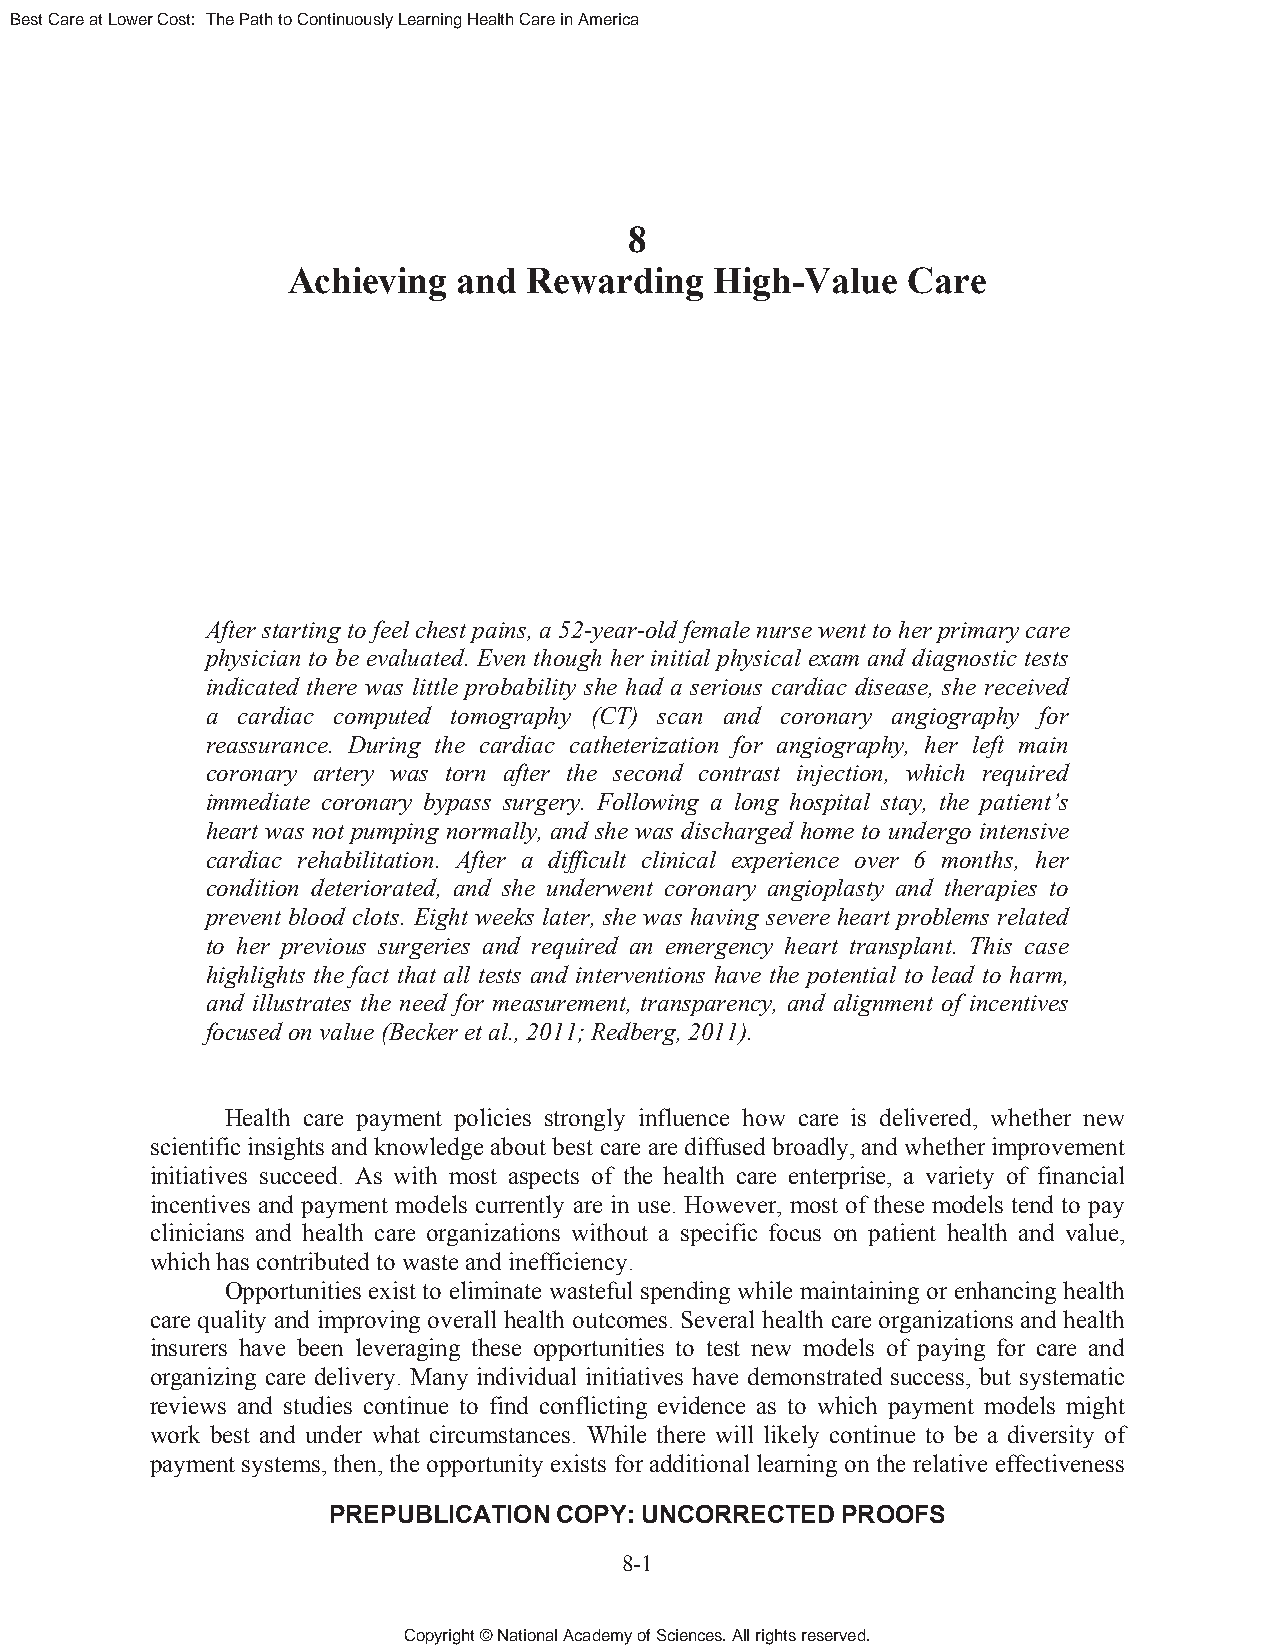
Best Care at Lower Cost: The Path to Continuously Learning Health Care in America
 8
 Achieving  and  Rewarding   High-Value   Care
 After starting to feel chest pains, a 52-year-old female nurse went to her primary care
 physician to be evaluated. Even though her initial physical exam and diagnostic tests
 indicated there was little probability she had a serious cardiac disease, she received
 a cardiac computed tomography (CT) scan and coronary angiography for
 reassurance. During the cardiac catheterization for angiography, her left main
 coronary artery was torn after the second contrast injection, which required
 immediate coronary bypass surgery. Following a long hospital stay, the patient’s
 heart was not pumping normally, and she was discharged home to undergo intensive
 cardiac rehabilitation. After a difficult clinical experience over 6 months, her
 condition deteriorated, and she underwent coronary angioplasty and therapies to
 prevent blood clots. Eight weeks later, she was having severe heart problems related
 to her previous surgeries and required an emergency heart transplant. This case
 highlights the fact that all tests and interventions have the potential to lead to harm,
 and illustrates the need for measurement, transparency, and alignment of incentives
 focused on value (Becker et al., 2011; Redberg, 2011).
 Health care payment policies strongly influence how care is delivered, whether new
 scientific insights and knowledge about best care are diffused broadly, and whether improvement
 initiatives succeed. As with most aspects of the health care enterprise, a variety of financial
 incentives and payment models currently are in use. However, most of these models tend to pay
 clinicians and health care organizations without a specific focus on patient health and value,
 which has contributed to waste and inefficiency.
 Opportunities exist to eliminate wasteful spending while maintaining or enhancing health
 care quality and improving overall health outcomes. Several health care organizations and health
 insurers have been leveraging these opportunities to test new models of paying for care and
 organizing care delivery. Many individual initiatives have demonstrated success, but systematic
 reviews and studies continue to find conflicting evidence as to which payment models might
 work best and under what circumstances. While there will likely continue to be a diversity of
 payment systems, then, the opportunity exists for additional learning on the relative effectiveness
 PREPUBLICATION COPY: UNCORRECTED  PROOFS
 8-1
 Copyright © National Academy of Sciences. All rights reserved.